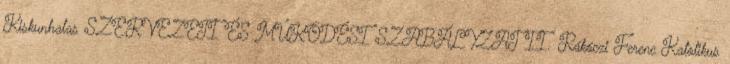
Kiskunhalas SZERVEZETI ÉS MŰKÖDÉSI SZABÁLYZAT II. Rákóczi Ferenc Katolikus